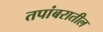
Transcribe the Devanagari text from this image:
तपांबरातील